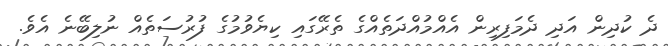
ދެ ކުދިން އަދި ދެމަފިރިން އެއްމުއްދަތެއްގެ ތެރޭގައި ކިޔެވުމުގެ ފުރުސަތެއް ނުލިބޭނެ އެވެ.